Report of the King Institute of Preventive Medicine, Guindy
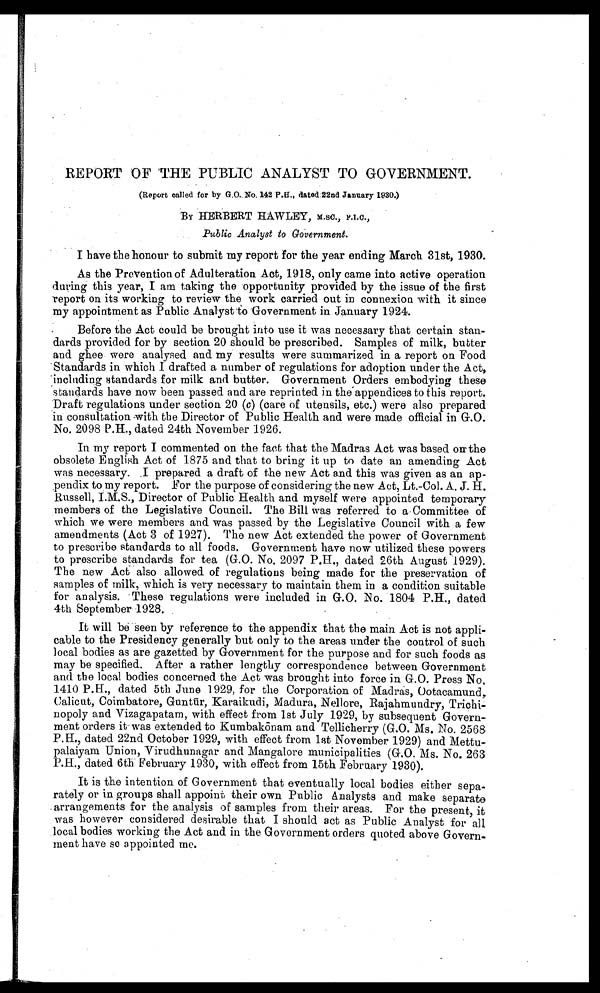
REPORT OF THE PUBLIC ANALYST TO GOVERNMENT.
(Report called for by G.O. No. 142 P.H., dated 22nd January 1930.)
BY HERBERT HAWLEY, M.SC., F . I . C . ,
Public Analyst to Government.
I have the honour to submit my report for the year ending March 31st, 1930.
As the Prevention of Adulteration Act, 1918, only came into active operation
during this year, I am taking the opportunity provided by the issue of the first
report on its working to review the work carried out in connexion with it since
my appointment as Public Analyst to Government in January 1924.
Before the Act could be brought into use it was necessary that certain stan
-dards provided for by section 20 should be prescribed. Samples of milk, butter
and ghee were analysed and my results were summarized in a report on Food
tandards in which I drafted a number of regulations for adoption under the Act,
n c l u d i n g s t a n d a r d s f o r mi l k a n d b u t t e r . Go v e r n me n t Or d e r s e mb o d y i n g t h e s e
standards have now been passed and are reprinted in the appendices to this report.
Draft regulations under section 20 ( c) (care of utensils, etc.) were also prepared
in consultation with the Director of Public Health and were made official in G.O.
No. 2098 P.H., dated 24th November 1926.
In my report I commented on the fact that the Madras Act was based on the
obsolete English Act of 1875 and that to bring it up to date an amending Act
was necessary. I prepared a draft of the new Act and this was given as an ap
-pendix to my report. For the purpose of considering the new Act, Lt.-Col. A. J. H.
Russell, I.M.S., Director of Public Health and myself were appointed temporary
members of the Legislative Council. The Bill was referred to a Committee of
which we were members and was passed by the Legislative Council with a few
amendments (Act 3 of 1927). The new Act extended the power of Government
to prescribe standards to all foods. Government have now utilized these powers
to prescribe standards for tea (G.O. No. 2097 P.H., dated 26th August 1929).
The new Act also allowed of regulations being made for the preservation of
samples of milk, which is very necessary to maintain them in a condition suitable
for analysis. These regulations were included in G.O. No. 1804 P.H., dated
4th September 1928.
It will be seen by reference to the appendix that the main Act is not appli
-cable to the Presidency generally but only to the areas under the control of such
local bodies as are gazetted by Government for the purpose and for such foods as
may be specified. After a rather lengthy correspondence between Government
and the local bodies concerned the Act was brought into force in G.O. Press No.
1410 P.H., dated 5th June 1929, for the Corporation of Madras, Ootacamund,
Calicut, Coimbatore, Gunt ū r, Karaikudi, Madura, Nellore, Rajahmundry, Trichi
-nopoly and Vizagapatam, with effect from 1st July 1929, by subsequent Govern
-
ment orders it was extended to Kumbak ō nam and Tellicherry (G.O. Ms. No. 2568
P.H., dated 22nd October 1929, with effect from 1st November 1929) and Mettu
-palaiyam Union, Virudhunagar and Mangalore municipalities (G.O. Ms. No. 263
P.H., dated 6th February 1930, with effect from 15th February 1930).
It is the intention of Government that eventually local bodies either sepa
-rately or in groups shall appoint their own Public Analysts and make separate
arrangements for the analysis of samples from their areas. For the present, it
was however considered desirable that I should act as Public Analyst for all
local bodies working the Act and in the Government orders quoted above Govern
-ment have so appointed me.